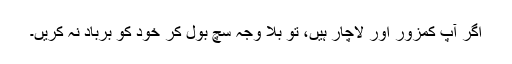
اگر آپ کمزور اور لاچار ہیں، تو بلا وجہ سچ بول کر خود کو برباد نہ کریں۔